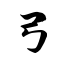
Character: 弓